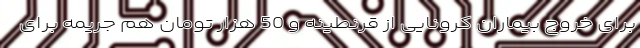
برای خروج بیماران کرونایی از قرنطینه و 50 هزار تومان هم جریمه برای